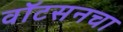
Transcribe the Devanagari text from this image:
वॉटसनचा